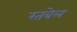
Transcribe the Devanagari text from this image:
रतबेल